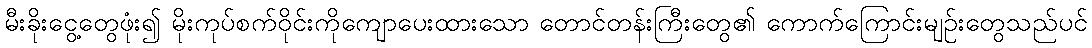
မီးခိုးငွေ့တွေဖုံး၍ မိုးကုပ်စက်ဝိုင်းကိုကျောပေးထားသော တောင်တန်းကြီးတွေ၏ ကောက်ကြောင်းမျဉ်းတွေသည်ပင်